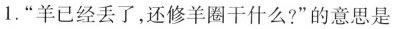
1.”羊已经丢了，还修羊圈干什么?”的意思是